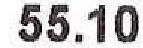
55.10